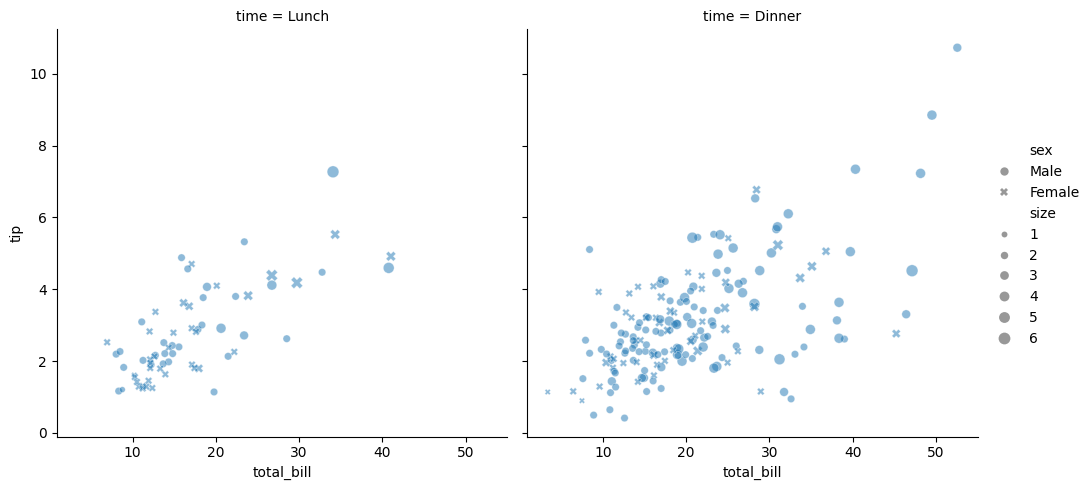
python, seaborn, relplot, alpha=0.5